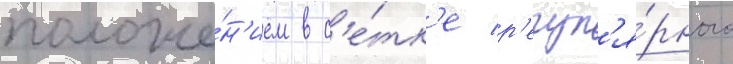
положе́н'ием в с'е́тк'е р'егул'я́рного